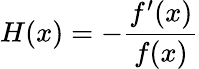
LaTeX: H(x)=-{\frac{f^{\prime}(x)}{f(x)}}